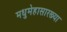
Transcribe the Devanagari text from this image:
मधुमेहासारख्या